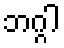
ဘဂ္ဂါ